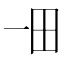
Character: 𤰓